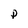
Character: P